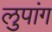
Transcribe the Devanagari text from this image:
लुपांग